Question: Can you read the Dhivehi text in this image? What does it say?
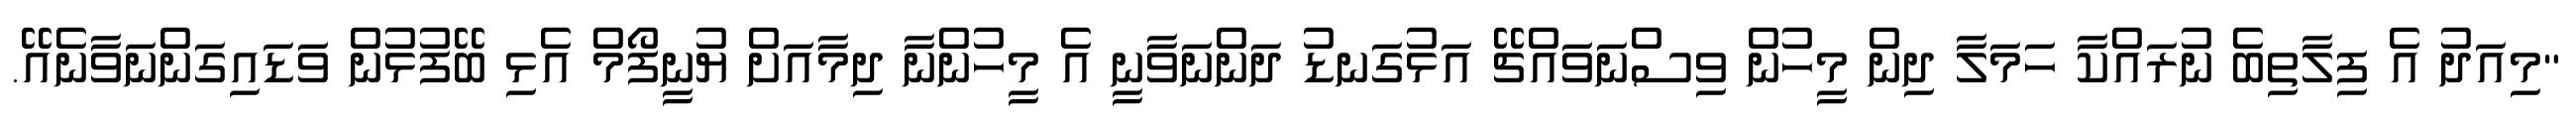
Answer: "މިއަދު އެ ފިލާތިބެ ނުރައްކާ ހަމަލާ ދިން މީހުން ވިސްނަވައްޗޭ އަޅުގަނޑު ދަންނަވާނީ އެ މީހުންނާ ދިމާއަށް ޔުނީފޯމް އެޅި ބޭފުޅުން ވަޑައިގަންނަވާނެއޭ.